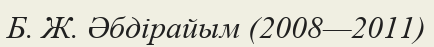
Б. Ж. Әбдірайым (2008—2011)